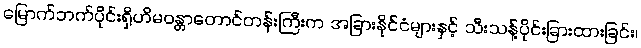
မြောက်ဘက်ပိုင်းရှိဟိမဝန္တာတောင်တန်းကြီးက အခြားနိုင်ငံများနှင့် သီးသန့်ပိုင်းခြားထားခြင်း၊